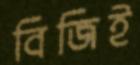
বিজিই